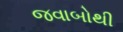
જવાબોથી